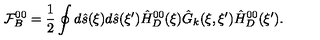
{ \mathcal { F } _ { B } ^ { 0 0 } } = { \frac { 1 } { 2 } } \oint { d } \hat { s } ( \xi ) d \hat { s } ( \xi ^ { \prime } ) { \hat { H } _ { D } ^ { 0 0 } } ( \xi ) { \hat { G } _ { k } } ( \xi , \xi ^ { \prime } ) { \hat { H } _ { D } ^ { 0 0 } } ( \xi ^ { \prime } ) .